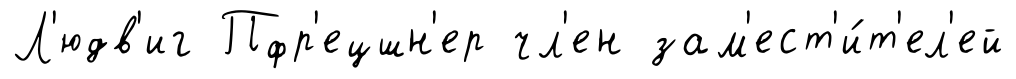
Л'юдв'иг Пфр'ецшн'ер чл'ен зам'ест'и́т'ел'ей